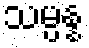
သမ္ပန္န